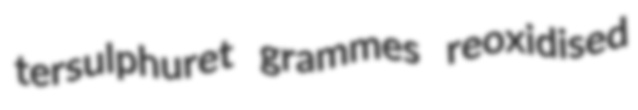
tersulphuret grammes reoxidised